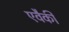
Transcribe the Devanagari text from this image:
एवैकी